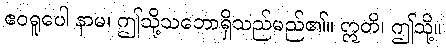
ဧဝရူပေါ နာမ၊ ဤသို့သဘောရှိသည်မည်၏။ ဣတိ၊ ဤသို့။